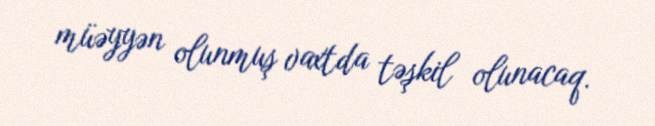
müəyyən olunmuş vaxtda təşkil olunacaq.